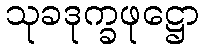
သုခဒုက္ခဖုဋ္ဌော